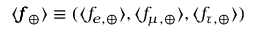
\langle \pmb { f } _ { \oplus } \rangle \equiv ( \langle f _ { e , \oplus } \rangle , \allowbreak \langle f _ { \mu , \oplus } \rangle , \allowbreak \langle f _ { \tau , \oplus } \rangle )